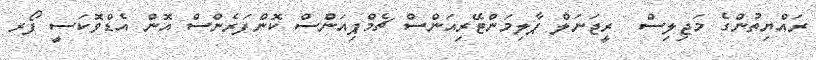
ރައްޔިތުންގެ މަޖިލިސް  ރީޖަނަލް ޕާލިމަންޓޭރިއަންސް ޗެމްޕިއަންސް ކޮންފަރެންސް އޮން އެޑްވޮަކަސީ ފޯރ